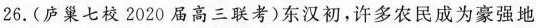
26.(庐巢七校2020届高三联考)东汉初，许多农民成为豪强地